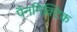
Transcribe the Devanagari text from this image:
पैनमिक्टिक